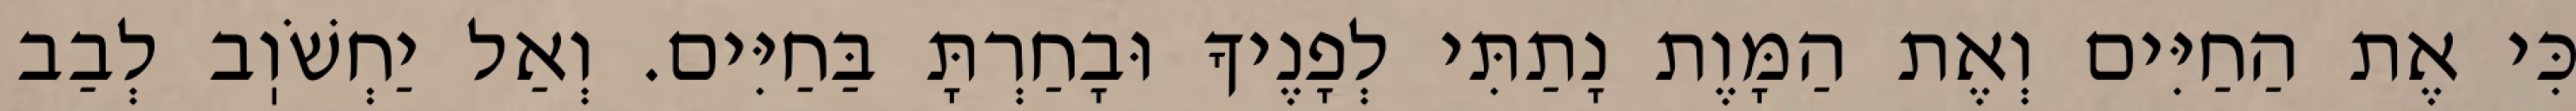
כִּי אֶת הַחַיִּים וְאֶת הַמָּוֶת נָתַתִּי לְפָנֶיךָ וּבָחַרְתָּ בַּחַיִּים. וְאַל יַחְשֹׁוֽב לְבַב